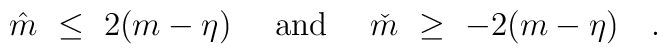
\hat m\ \leq\ 2(m-\eta)\quad\mbox{ and }\quad \check m\ \geq\ -2(m-\eta)\quad.